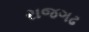
રાજગઢ